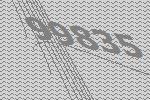
99835